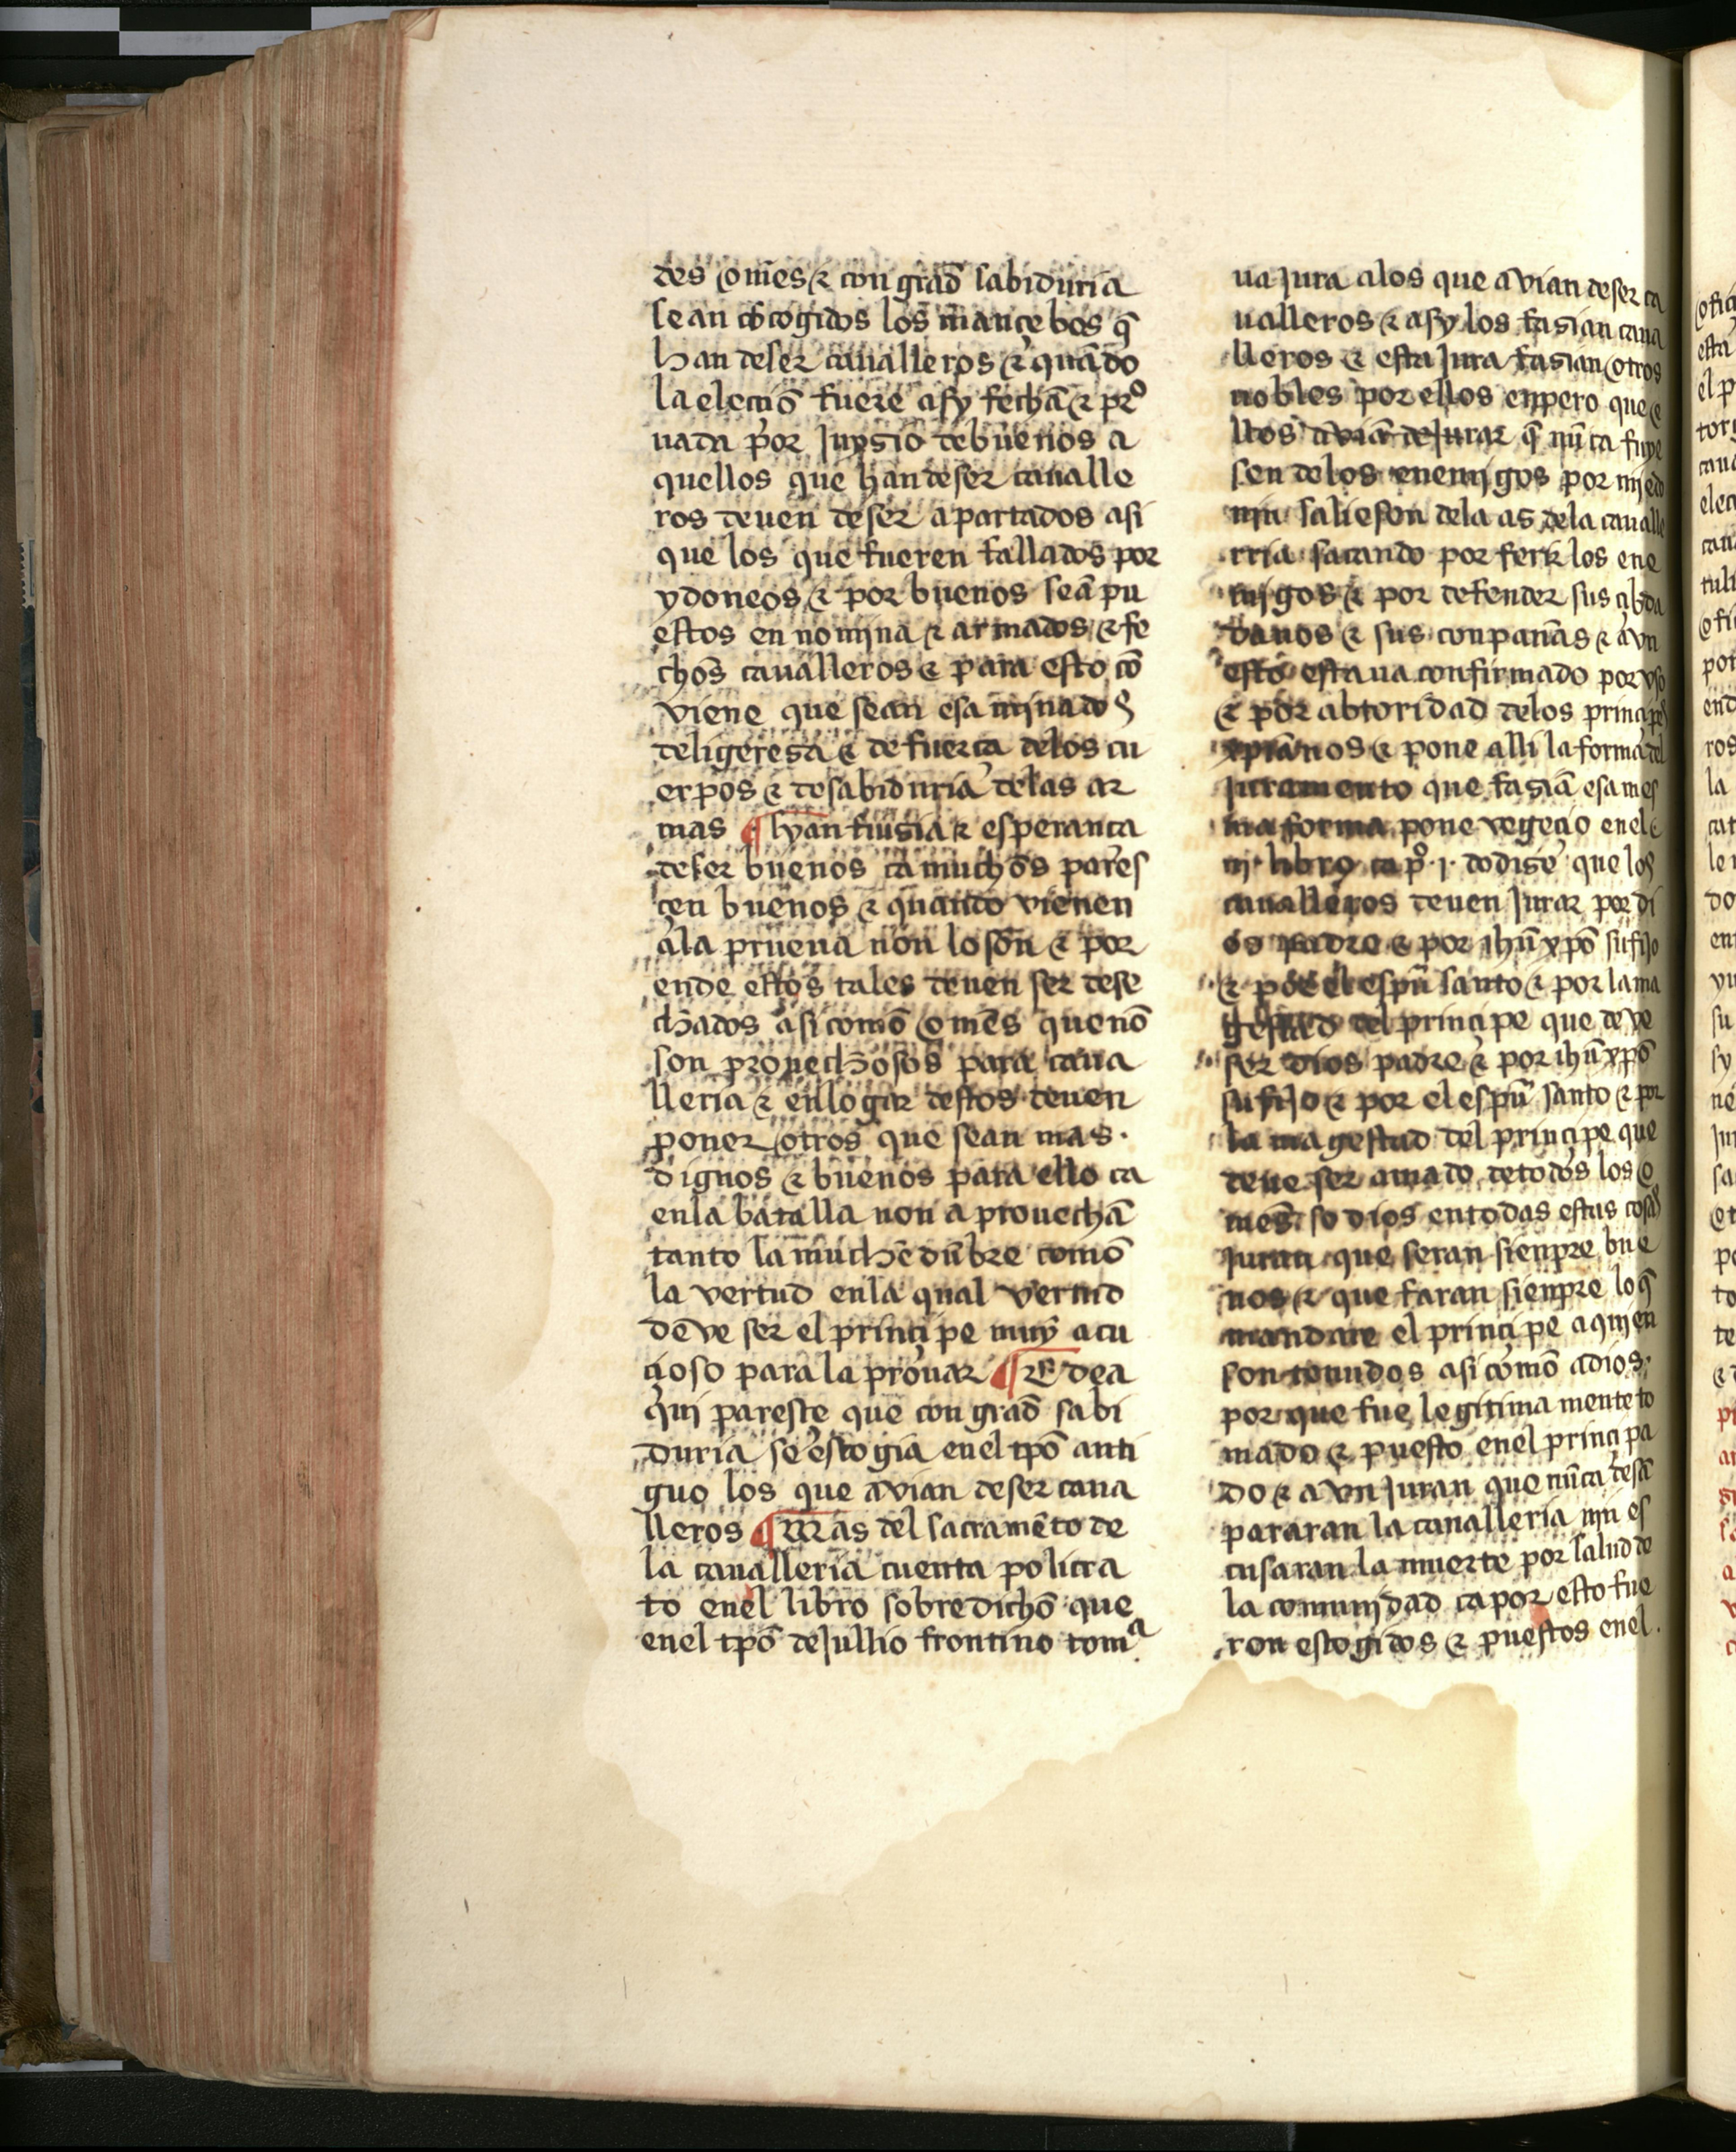
Shelfmark: Salamanca, Biblioteca Histórica USAL, 2709
Century: 15